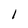
Character: 1